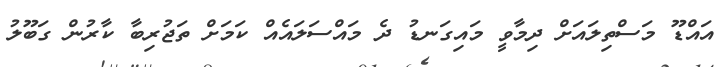
އައްޑޫ މަސްތިލައަށް ދިމާވީ މައިގަނޑު ދެ މައްސަލައެއް ކަމަށް ތަޖުރިބާ ކާރުން ގަބޫލު